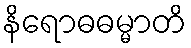
နိရောဓဓမ္မာတိ